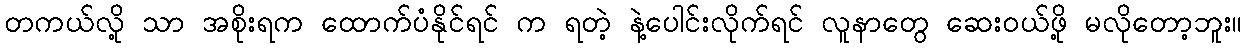
တကယ်လို့ သာ အစိုးရက ထောက်ပံနိုင်ရင် က ရတဲ့ နဲ့ပေါင်းလိုက်ရင် လူနာတွေ ဆေးဝယ်ဖို့ မလိုတော့ဘူး။